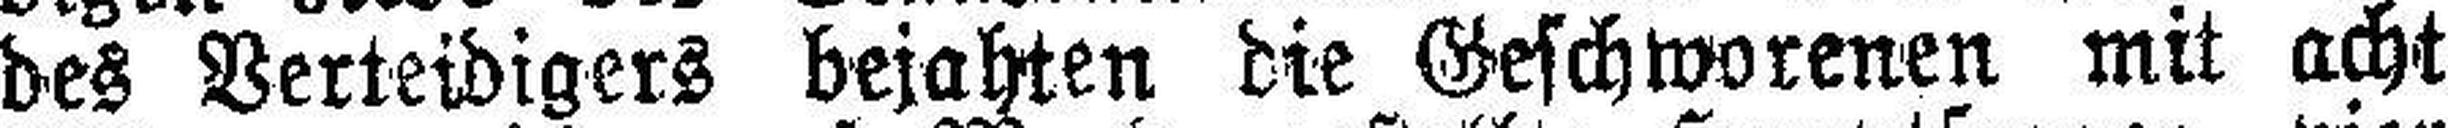
des Verteidigers bejahten die Geschworenen mit acht